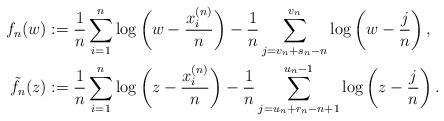
LaTeX: \begin{align*}f_n(w)& := \frac1n \sum_{i=1}^n \log \bigg( w - \frac{x_i^{(n)}}n \bigg) -\frac1n \sum_{j=v_n+s_n-n}^{v_n} \log \left( w - \frac{j}n \right), \\\tilde{f}_n(z)& := \frac1n \sum_{i=1}^n \log \bigg( z - \frac{x_i^{(n)}}n \bigg) -\frac1n \sum_{j=u_n+r_n-n+1}^{u_n-1} \log \left( z - \frac{j}n \right).\end{align*}